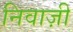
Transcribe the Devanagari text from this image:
निवाज़ी